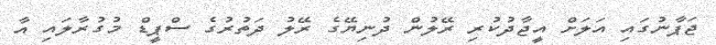
ޖަޕާނުގައި އަލަށް އީޖާދުކުރި ރޭލުން ދުނިޔޭގެ ރޭލު ދަތުރުގެ ސްޕީޑް މުގުރާލައި އާ